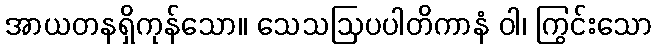
အာယတနရှိကုန်သော။ သေသဩပပါတိကာနံ ဝါ၊ ကြွင်းသော